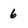
Character: 6